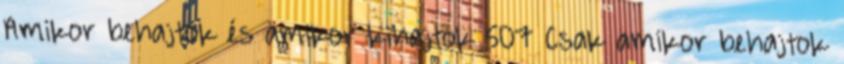
Amikor behajtok és amikor kihajtok 507 Csak amikor behajtok